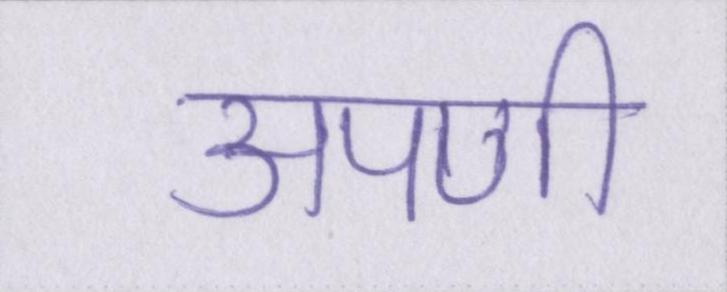
अपणी